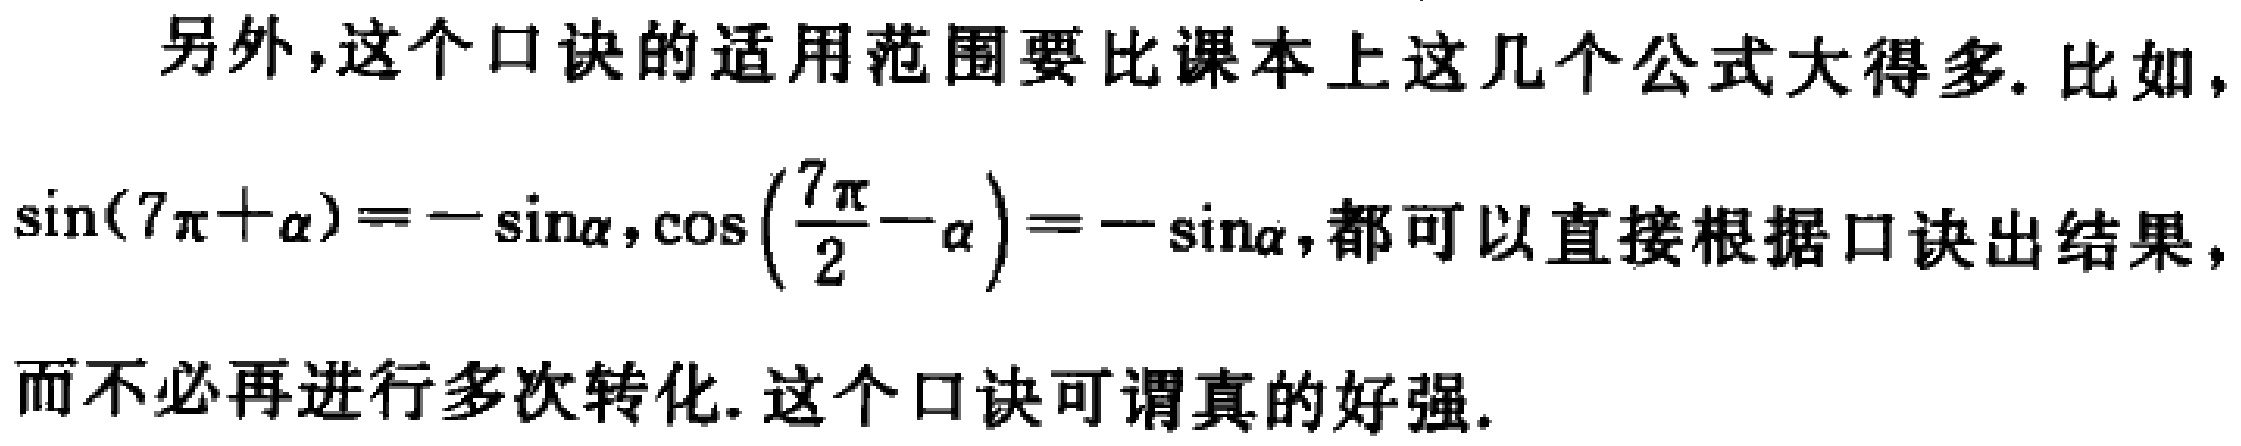
另外,这个口诀的适用范围要比课本上这几个公式大得多. 比如,
\(\sin(7\pi+\alpha)=-\sin\alpha,\cos\left(\frac{7\pi}{2}-\alpha\right)=-\sin\alpha\),都可以直接根据口诀出结果,
而不必再进行多次转化. 这个口诀可谓真的好强.